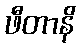
ဖီတာနိ